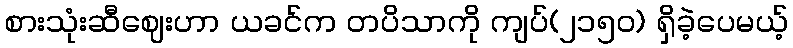
စားသုံးဆီဈေးဟာ ယခင်က တပိသာကို ကျပ်(၂၁၅၀) ရှိခဲ့ပေမယ့်